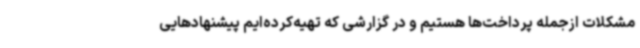
مشکلات ازجمله پرداخت‌ها هستیم و در گزارشی که تهیه‌کرده‌ایم پیشنهادهایی